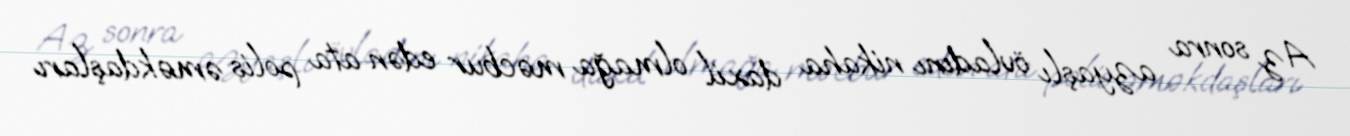
Az sonra azyaşlı övladını nikaha daxil olmağa məcbur edən ata polis əməkdaşları